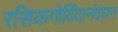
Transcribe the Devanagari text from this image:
रसिकगोविंदानंदघन